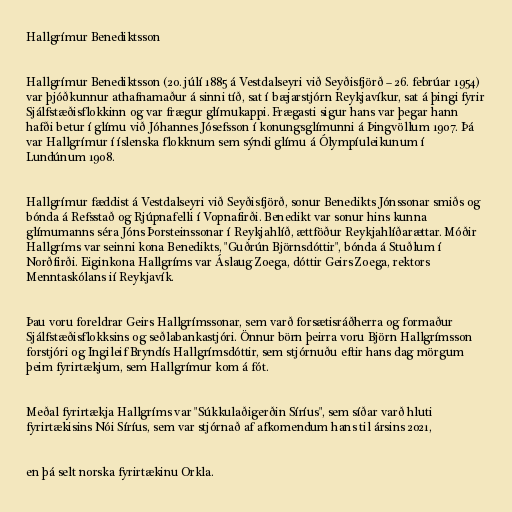
Hallgrímur Benediktsson

Hallgrímur Benediktsson (20. júlí 1885 á Vestdalseyri við Seyðisfjörð – 26. febrúar 1954)
var þjóðkunnur athafnamaður á sinni tíð, sat í bæjarstjórn Reykjavíkur, sat á þingi fyrir
Sjálfstæðisflokkinn og var frægur glímukappi. Frægasti sigur hans var þegar hann
hafði betur í glímu við Jóhannes Jósefsson í konungsglímunni á Þingvöllum 1907. Þá
var Hallgrímur í íslenska flokknum sem sýndi glímu á Ólympíuleikunum í
Lundúnum 1908.

Hallgrímur fæddist á Vestdalseyri við Seyðisfjörð, sonur Benedikts Jónssonar smiðs og
bónda á Refsstað og Rjúpnafelli í Vopnafirði. Benedikt var sonur hins kunna
glímumanns séra Jóns Þorsteinssonar í Reykjahlíð, ættföður Reykjahlíðarættar. Móðir
Hallgríms var seinni kona Benedikts, "Guðrún Björnsdóttir", bónda á Stuðlum í
Norðfirði. Eiginkona Hallgríms var Áslaug Zoega, dóttir Geirs Zoega, rektors
Menntaskólans ií Reykjavík.

Þau voru foreldrar Geirs Hallgrímssonar, sem varð forsætisráðherra og formaður
Sjálfstæðisflokksins og seðlabankastjóri. Önnur börn þeirra voru Björn Hallgrímsson
forstjóri og Ingileif Bryndís Hallgrímsdóttir, sem stjórnuðu eftir hans dag mörgum
þeim fyrirtækjum, sem Hallgrímur kom á fót.

Meðal fyrirtækja Hallgríms var "Súkkulaðigerðin Síríus", sem síðar varð hluti
fyrirtækisins Nói Síríus, sem var stjórnað af afkomendum hans til ársins 2021,

en þá selt norska fyrirtækinu Orkla.